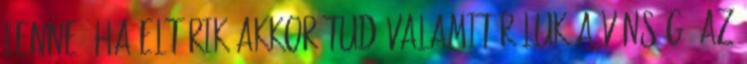
lenne. Ha eltűrik,akkor tud valamit róluk a vénség. Az